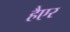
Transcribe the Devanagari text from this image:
हैएर